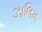
ઝાલિમ